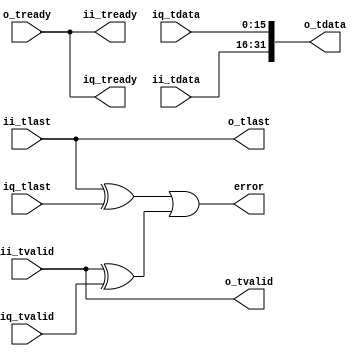

// Copyright 2014, Ettus Research

// Module to join a complex stream to I and Q outputs.  NOTE -- ONLY works when you can guarantee upstream paths match!

module join_complex
  #(parameter WIDTH=16)
   (input [WIDTH-1:0] ii_tdata, input ii_tlast, input ii_tvalid, output ii_tready,
    input [WIDTH-1:0] iq_tdata, input iq_tlast, input iq_tvalid, output iq_tready,
    output [WIDTH*2-1:0] o_tdata, output o_tlast, output o_tvalid, input o_tready,
    output error);

   assign o_tdata = {ii_tdata,iq_tdata};

   assign o_tlast = ii_tlast;

   assign o_tvalid = ii_tvalid;

   assign ii_tready = o_tready;
   assign iq_tready = o_tready;

   assign  error = (ii_tlast ^ iq_tlast) | (ii_tvalid ^ iq_tvalid);
      
endmodule // join_complex